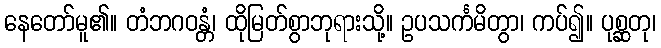
နေတော်မူ၏။ တံဘဂဝန္တံ၊ ထိုမြတ်စွာဘုရားသို့။ ဥပသင်္ကမိတွာ၊ ကပ်၍။ ပုစ္ဆတု၊